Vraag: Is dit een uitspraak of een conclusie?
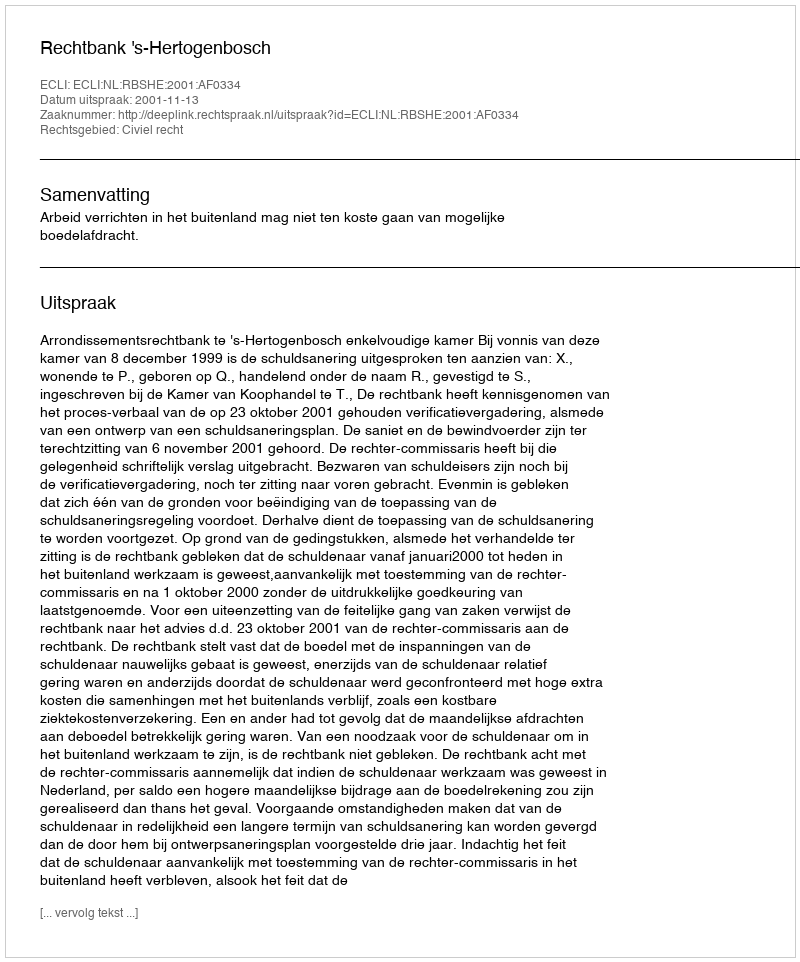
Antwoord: Uitspraak